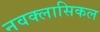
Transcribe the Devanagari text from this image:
नवक्लासिकल